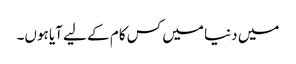
میں دنیا میں کس کام کے لیے آیا ہوں۔